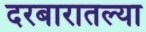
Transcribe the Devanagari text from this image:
दरबारातल्या